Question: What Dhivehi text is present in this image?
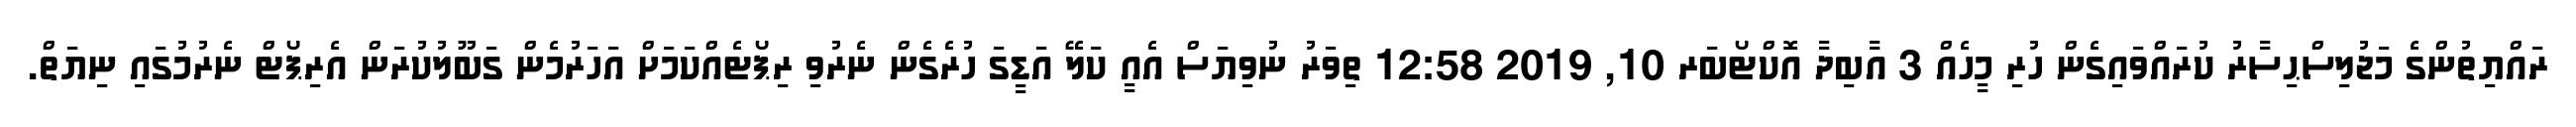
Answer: ރައްޔިތުންގެ މަޖުލިސްޙިސާރު ކުރައްވައިގެން ހުރި މީހެއް 3 އާބިދާ އޮކްޓޯބަރ 10, 2019 12:58 ތިވަރު ނުވިޔަސް އެއީ ކަލޭ އަޑީގަ ހުރެގެން ނެރުވި ރިޕޯޓެއްކަމަށް އަހަރުމެން ގަބޫލުކުރަން އެރިޕޯޓް ނެރުމުގައި ނިޔަތް.